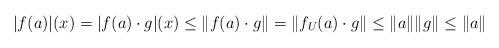
LaTeX: \begin{align*} |f(a)|(x) = |f(a)\cdot g| (x) \leq \|f(a) \cdot g\| = \|f_U(a) \cdot g\| \leq \|a\| \|g\| \leq \|a\| \end{align*}